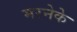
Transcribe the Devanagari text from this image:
मरनेके